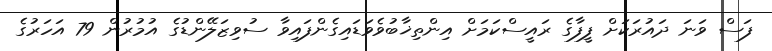
ފަސް ވަނަ ދައުރަކަށް ފީފާގެ ރައީސްކަމަށް އިންތިޚާބުވެވަޑައިގެންފައިވާ ސުވިޒަލޭންޑުގެ އުމުރުން 79 އަހަރުގެ